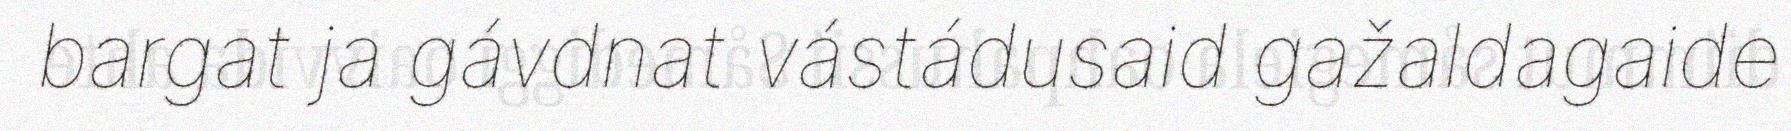
bargat ja gávdnat vástádusaid gažaldagaide